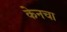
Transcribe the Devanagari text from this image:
केनचा